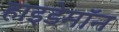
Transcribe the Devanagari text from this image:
हाइडेमॉन